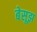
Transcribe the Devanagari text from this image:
बेसूझ